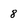
Character: 8